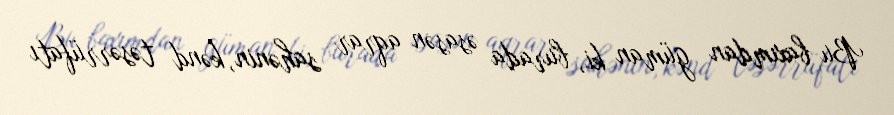
Bu baxımdan güman ki, burada əsasən aqrar sahənin, kənd təsərrüfatı